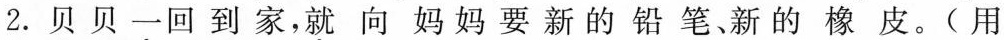
2.贝贝一回到家，就向妈妈要新的铅笔新的橡皮。(用